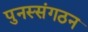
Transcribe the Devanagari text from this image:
पुनस्संगठन